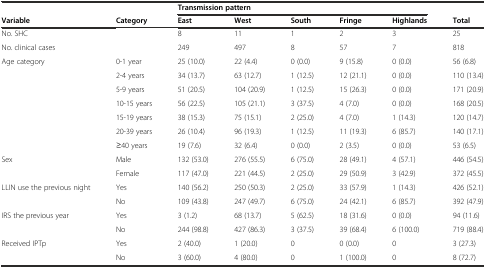
<table><thead><tr><td></td><td></td><td colspan="5"><b>Transmission pattern</b></td><td></td></tr><tr><td><b>Variable</b></td><td><b>Category</b></td><td><b>East</b></td><td><b>West</b></td><td><b>South</b></td><td><b>Fringe</b></td><td><b>Highlands</b></td><td><b>Total</b></td></tr></thead><tbody><tr><td>No. SHC</td><td></td><td>8</td><td>11</td><td>1</td><td>2</td><td>3</td><td>25</td></tr><tr><td>No. clinical cases</td><td></td><td>249</td><td>497</td><td>8</td><td>57</td><td>7</td><td>818</td></tr><tr><td rowspan="7">Age category</td><td>0-1 year</td><td>25 (10.0)</td><td>22 (4.4)</td><td>0 (0.0)</td><td>9 (15.8)</td><td>0 (0.0)</td><td>56 (6.8)</td></tr><tr><td>2-4 years</td><td>34 (13.7)</td><td>63 (12.7)</td><td>1 (12.5)</td><td>12 (21.1)</td><td>0 (0.0)</td><td>110 (13.4)</td></tr><tr><td>5-9 years</td><td>51 (20.5)</td><td>104 (20.9)</td><td>1 (12.5)</td><td>15 (26.3)</td><td>0 (0.0)</td><td>171 (20.9)</td></tr><tr><td>10-15 years</td><td>56 (22.5)</td><td>105 (21.1)</td><td>3 (37.5)</td><td>4 (7.0)</td><td>0 (0.0)</td><td>168 (20.5)</td></tr><tr><td>15-19 years</td><td>38 (15.3)</td><td>75 (15.1)</td><td>2 (25.0)</td><td>4 (7.0)</td><td>1 (14.3)</td><td>120 (14.7)</td></tr><tr><td>20-39 years</td><td>26 (10.4)</td><td>96 (19.3)</td><td>1 (12.5)</td><td>11 (19.3)</td><td>6 (85.7)</td><td>140 (17.1)</td></tr><tr><td>≥40 years</td><td>19 (7.6)</td><td>32 (6.4)</td><td>0 (0.0)</td><td>2 (3.5)</td><td>0 (0.0)</td><td>53 (6.5)</td></tr><tr><td rowspan="2">Sex</td><td>Male</td><td>132 (53.0)</td><td>276 (55.5)</td><td>6 (75.0)</td><td>28 (49.1)</td><td>4 (57.1)</td><td>446 (54.5)</td></tr><tr><td>Female</td><td>117 (47.0)</td><td>221 (44.5)</td><td>2 (25.0)</td><td>29 (50.9)</td><td>3 (42.9)</td><td>372 (45.5)</td></tr><tr><td rowspan="2">LLIN use the previous night</td><td>Yes</td><td>140 (56.2)</td><td>250 (50.3)</td><td>2 (25.0)</td><td>33 (57.9)</td><td>1 (14.3)</td><td>426 (52.1)</td></tr><tr><td>No</td><td>109 (43.8)</td><td>247 (49.7)</td><td>6 (75.0)</td><td>24 (42.1)</td><td>6 (85.7)</td><td>392 (47.9)</td></tr><tr><td rowspan="2">IRS the previous year</td><td>Yes</td><td>3 (1.2)</td><td>68 (13.7)</td><td>5 (62.5)</td><td>18 (31.6)</td><td>0 (0.0)</td><td>94 (11.6)</td></tr><tr><td>No</td><td>244 (98.8)</td><td>427 (86.3)</td><td>3 (37.5)</td><td>39 (68.4)</td><td>6 (100.0)</td><td>719 (88.4)</td></tr><tr><td rowspan="2">Received IPTp</td><td>Yes</td><td>2 (40.0)</td><td>1 (20.0)</td><td>0</td><td>0 (0.0)</td><td>0</td><td>3 (27.3)</td></tr><tr><td>No</td><td>3 (60.0)</td><td>4 (80.0)</td><td>0</td><td>1 (100.0)</td><td>0</td><td>8 (72.7)</td></tr></tbody></table>